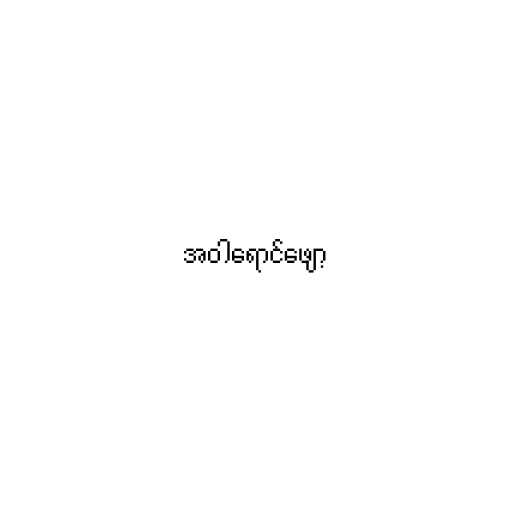
အဝါရောင်ဖျော့